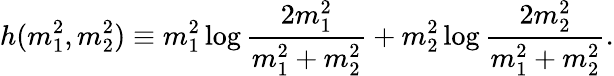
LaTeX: h({m}_{1}^{2},{m}_{2}^{2})\equiv{m}_{1}^{2}\log\frac{2{m}_{1}^{2}}{{m}_{1}^{2}+{m}_{2}^{2}}+{m}_{2}^{2}\log\frac{2{m}_{2}^{2}}{{m}_{1}^{2}+{m}_{2}^{2}}.